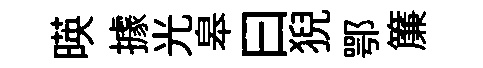
暎據光皋曰猊鄂簾